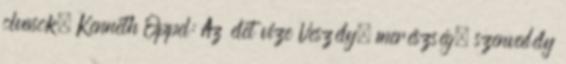
olvasok. Kenneth Oppel: Az élet vize Veszély, merészség, szenvedély